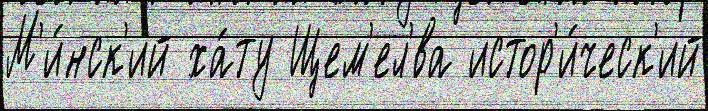
М'и́нск'ий ха́ту Щем'ел'́ва истор'и́ческ'ий